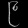
Digit: ၉